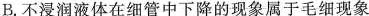
B.不浸润液体在细管中下降的现象属于毛细现象